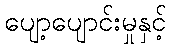
ပျော့ပျောင်းမှုနှင့်